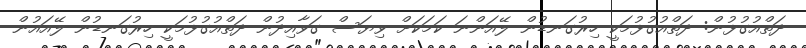
ދަތްއުގުޅުން: ދަތްއުގުޅުމަކީ ހިރުގަނޑުން ލޭއަންނަ ކަމަކަށް ވިޔަސް ގަވާއިދުން ދަތްއުގުޅުމަކީ ހިރުގަނޑުން ލޭއައުން